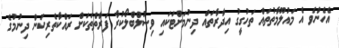
އެހެންވެ އެ މައުލޫމާތުތައް ތަހުގީގު އިދާރާތައް ދިނުމަށްޓަކައި ވިސުލްބްލޯކުރާ ފަރާތްތަކަށް ރައްކާތެރިކަން ދިނުމުގެ